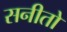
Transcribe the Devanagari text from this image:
सनीतो